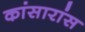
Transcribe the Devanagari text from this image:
कांसारांस